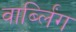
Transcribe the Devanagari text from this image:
वार्ब्लिंग